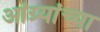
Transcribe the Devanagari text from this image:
आंग्र्यांच्या